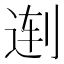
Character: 𱐜